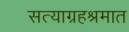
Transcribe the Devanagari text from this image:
सत्याग्रहश्रमात